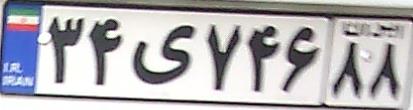
۳۴ی۷۴۶۸۸